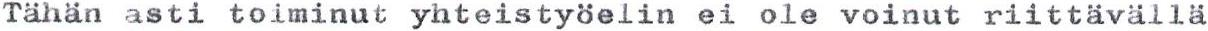
Tähän asti toiminut yhteistyöelin ei ole voinut riittävällä